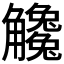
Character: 𧥒